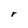
Character: r